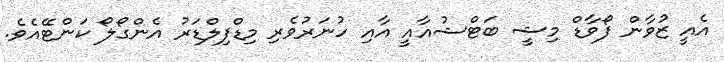
އެއީ ޒުވާން ފޯވާޑް މިޝީ ބަޓްޝުއާއީ އާއި ހުނަރުވެރި މިޑްފިލްޑަރު އެންގޯލޯ ކަންޓޭއެވެ.